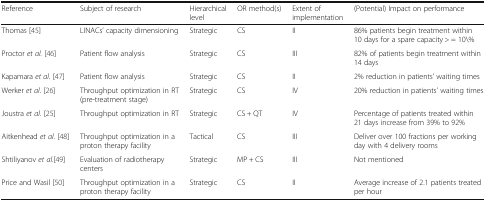
| Reference | Subject of research | Hierarchical level | OR method(s) | Extent of implementation | (Potential) Impact on performance |
 | --- | --- | --- | --- | --- | --- |
 | Thomas [45] | LINACs’ capacity dimensioning | Strategic | CS | II | 86% patients begin treatment within 10 days for a spare capacity > = 10\% |
 | Proctor et al. [46] | Patient flow analysis | Strategic | CS | III | 82% of patients begin treatment within 14 days |
 | Kapamara et al. [47] | Patient flow analysis | Strategic | CS | II | 2% reduction in patients’ waiting times |
 | Werker et al. [26] | Throughput optimization in RT (pre-treatment stage) | Strategic | CS | IV | 20% reduction in patients’ waiting times |
 | Joustra et al. [25] | Throughput optimization in RT | Strategic | CS + QT | IV | Percentage of patients treated within 21 days increase from 39% to 92% |
 | Aitkenhead et al. [48] | Throughput optimization in a proton therapy facility | Tactical | CS | III | Deliver over 100 fractions per working day with 4 delivery rooms |
 | Shtiliyanov et al.[49] | Evaluation of radiotherapy centers | Strategic | MP + CS | III | Not mentioned |
 | Price and Wasil [50] | Throughput optimization in a proton therapy facility | Strategic | CS | II | Average increase of 2.1 patients treated per hour |